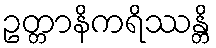
ဥတ္တာနိကရိဿန္တိ